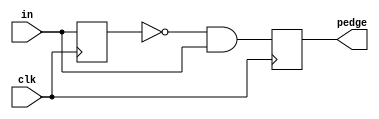
module top_module (
    input clk,
    input [7:0] in,
    output [7:0] pedge
);
    wire [7:0] q;
    always@(posedge clk)
        begin 
        q<=in;
    	pedge<=~q&in;
    	end
endmodule